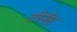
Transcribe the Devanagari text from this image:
टोर्नेस